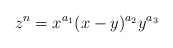
\begin{align*}z^n=x^{a_1}(x-y)^{a_2}y^{a_3}\end{align*}